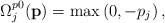
LaTeX: \begin{align*}{\Omega}_j^{p0}({\textbf{p}}) = \max \left( {0, - {p_j}} \right),\end{align*}